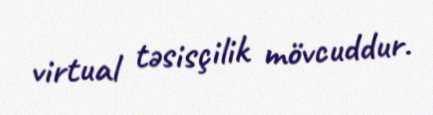
virtual təsisçilik mövcuddur.